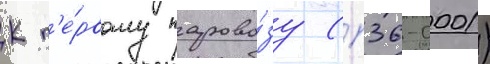
К п'е́рвому парово́зу (п36-0001)